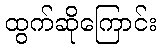
ထွက်ဆိုကြောင်း